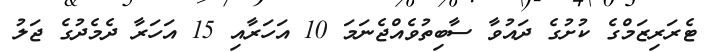
ޓެރަރިޒަމްގެ ކުށުގެ ދައުވާ ސާބިތުވެއްޖެނަމަ 10 އަހަރާއި 15 އަހަރާ ދެމެދުގެ ޖަލު